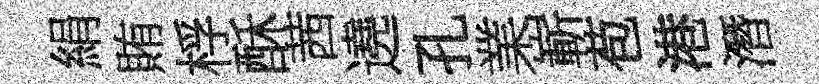
絹賄桴酥茜遶孔業嶄苞港潛